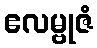
ဧလမ္ဗုဇံ